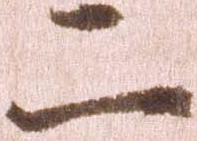
二